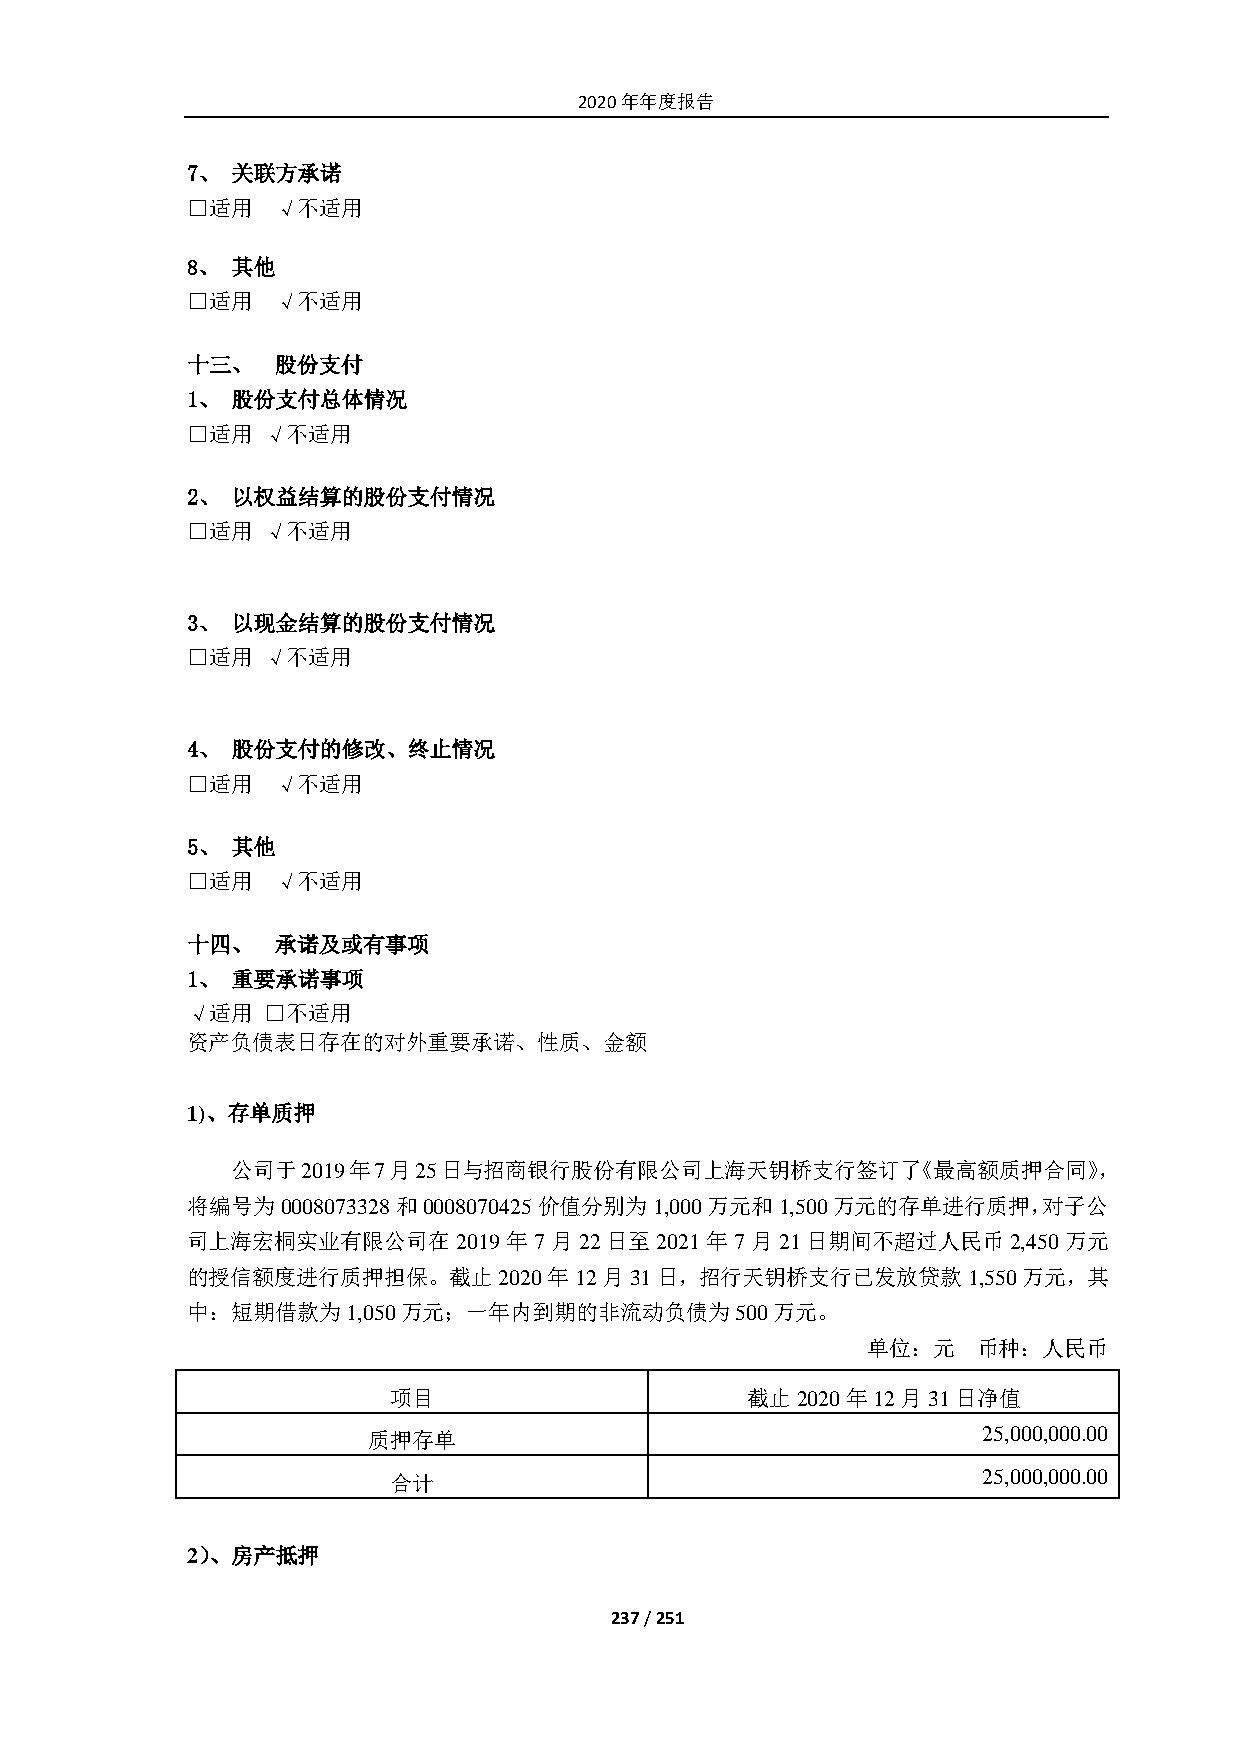
2020年年度报告
 7、 关联方承诺
 □适用   √不适用
 8、 其他
 □适用   √不适用
 十三、   股份支付
 1、 股份支付总体情况
 □适用  √不适用
 2、 以权益结算的股份支付情况
 □适用  √不适用
 3、 以现金结算的股份支付情况
 □适用  √不适用
 4、 股份支付的修改、终止情况
 □适用   √不适用
 5、 其他
 □适用   √不适用
 十四、   承诺及或有事项
 1、 重要承诺事项
 √适用  □不适用
 资产负债表日存在的对外重要承诺、性质、金额
 1)、存单质押
 公司于2019年7月25日与招商银行股份有限公司上海天钥桥支行签订了《最高额质押合同》，
 将编号为0008073328和0008070425价值分别为1,000万元和1,500万元的存单进行质押，对子公
 司上海宏桐实业有限公司在2019年7月22日至2021年7月21日期间不超过人民币2,450万元
 的授信额度进行质押担保。截止2020年12月31日，招行天钥桥支行已发放贷款1,550万元，其
 中：短期借款为1,050万元；一年内到期的非流动负债为500万元。
 单位：元    币种：人民币
 项目                     截止2020年12月31日净值
 质押存单                                     25,000,000.00
 合计                                     25,000,000.00
 2）、房产抵押
 237 / 251